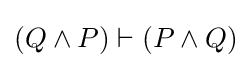
(Q\land P)\vdash (P\land Q)